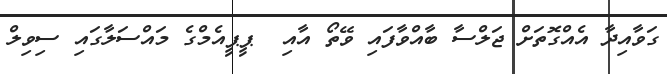
ގަވާއިދާ އެއްގޮތަށް ޖަލްސާ ބާއްވާފައި ވޭތޯ އާއި  ޕީޕީއެމްގެ މައްސަލާގައި ސިވިލް